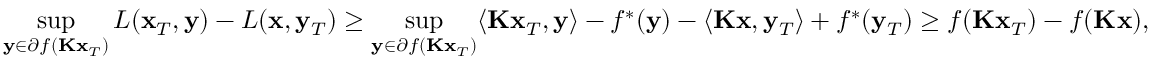
\operatorname* { s u p } _ { \mathbf { y } \in \partial f ( \mathbf { K } \mathbf { x } _ { T } ) } L ( \mathbf { x } _ { T } , \mathbf { y } ) - L ( \mathbf { x } , \mathbf { y } _ { T } ) \ge \operatorname* { s u p } _ { \mathbf { y } \in \partial f ( \mathbf { K } \mathbf { x } _ { T } ) } \langle \mathbf { K } \mathbf { x } _ { T } , \mathbf { y } \rangle - f ^ { \ast } ( \mathbf { y } ) - \langle \mathbf { K } \mathbf { x } , \mathbf { y } _ { T } \rangle + f ^ { \ast } ( \mathbf { y } _ { T } ) \ge f ( \mathbf { K } \mathbf { x } _ { T } ) - f ( \mathbf { K } \mathbf { x } ) ,